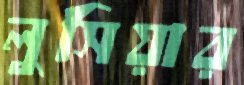
লুসিয়ার